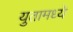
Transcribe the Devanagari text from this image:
युतामध्ये